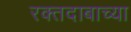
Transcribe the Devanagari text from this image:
रक्तदाबाच्या